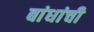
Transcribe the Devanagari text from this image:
बांधांची